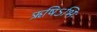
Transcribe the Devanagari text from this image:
ऋषिऽभिः